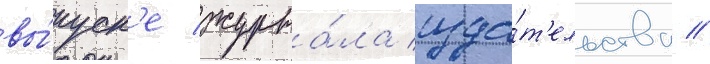
вы́пуск'е журна́ла изда́т'ельства //